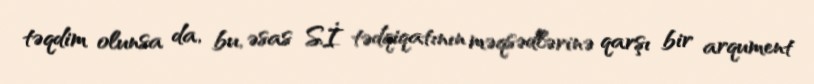
təqdim olunsa da, bu, əsas Sİ tədqiqatının məqsədlərinə qarşı bir arqument